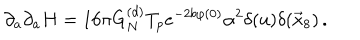
\partial _ { a } \partial _ { a } H = 1 6 \pi G _ { N } ^ { ( d ) } T _ { p } e ^ { - 2 b \varphi ( 0 ) } \alpha ^ { 2 } \delta ( u ) \delta ( \vec { x } _ { 8 } ) \, .